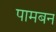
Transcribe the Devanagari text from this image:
पामबन